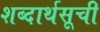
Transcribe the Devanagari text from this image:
शब्दार्थसूची